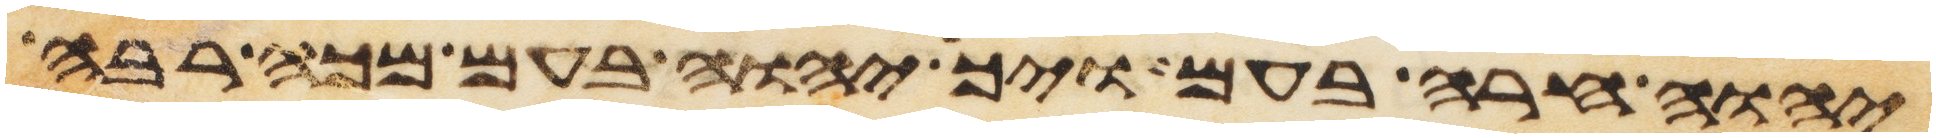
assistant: יהוה חרה בעם ויך יהוה בעם מכה רבה